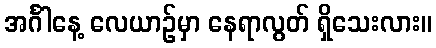
အင်္ဂါနေ့ လေယာဉ်မှာ နေရာလွတ် ရှိသေးလား။